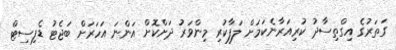
ގަތަރުގެ އިގްތިސާދު ކުރިއަރާނެކަމަށް ލަފާކުރި މިންވަރު ދަށްކޮށް އަންނަ އަހަރަށް ބަޖެޓު ޑެފިސިޓް